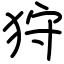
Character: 狩